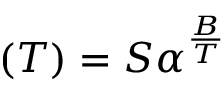
\operatorname { \rho } ( T ) = S \alpha ^ { \frac { B } { T } }